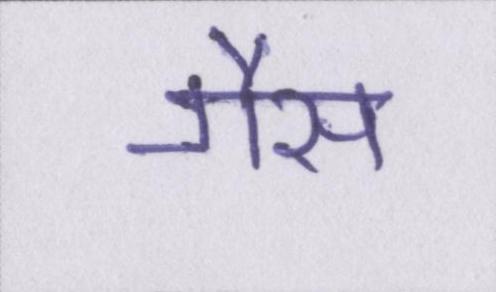
गैस